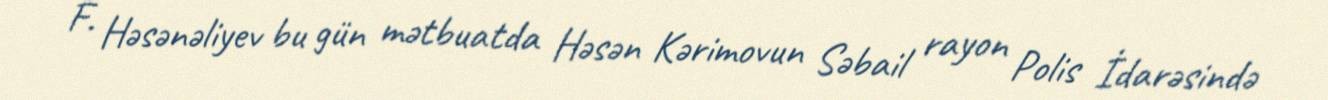
F. Həsənəliyev bu gün mətbuatda Həsən Kərimovun Səbail rayon Polis İdarəsində